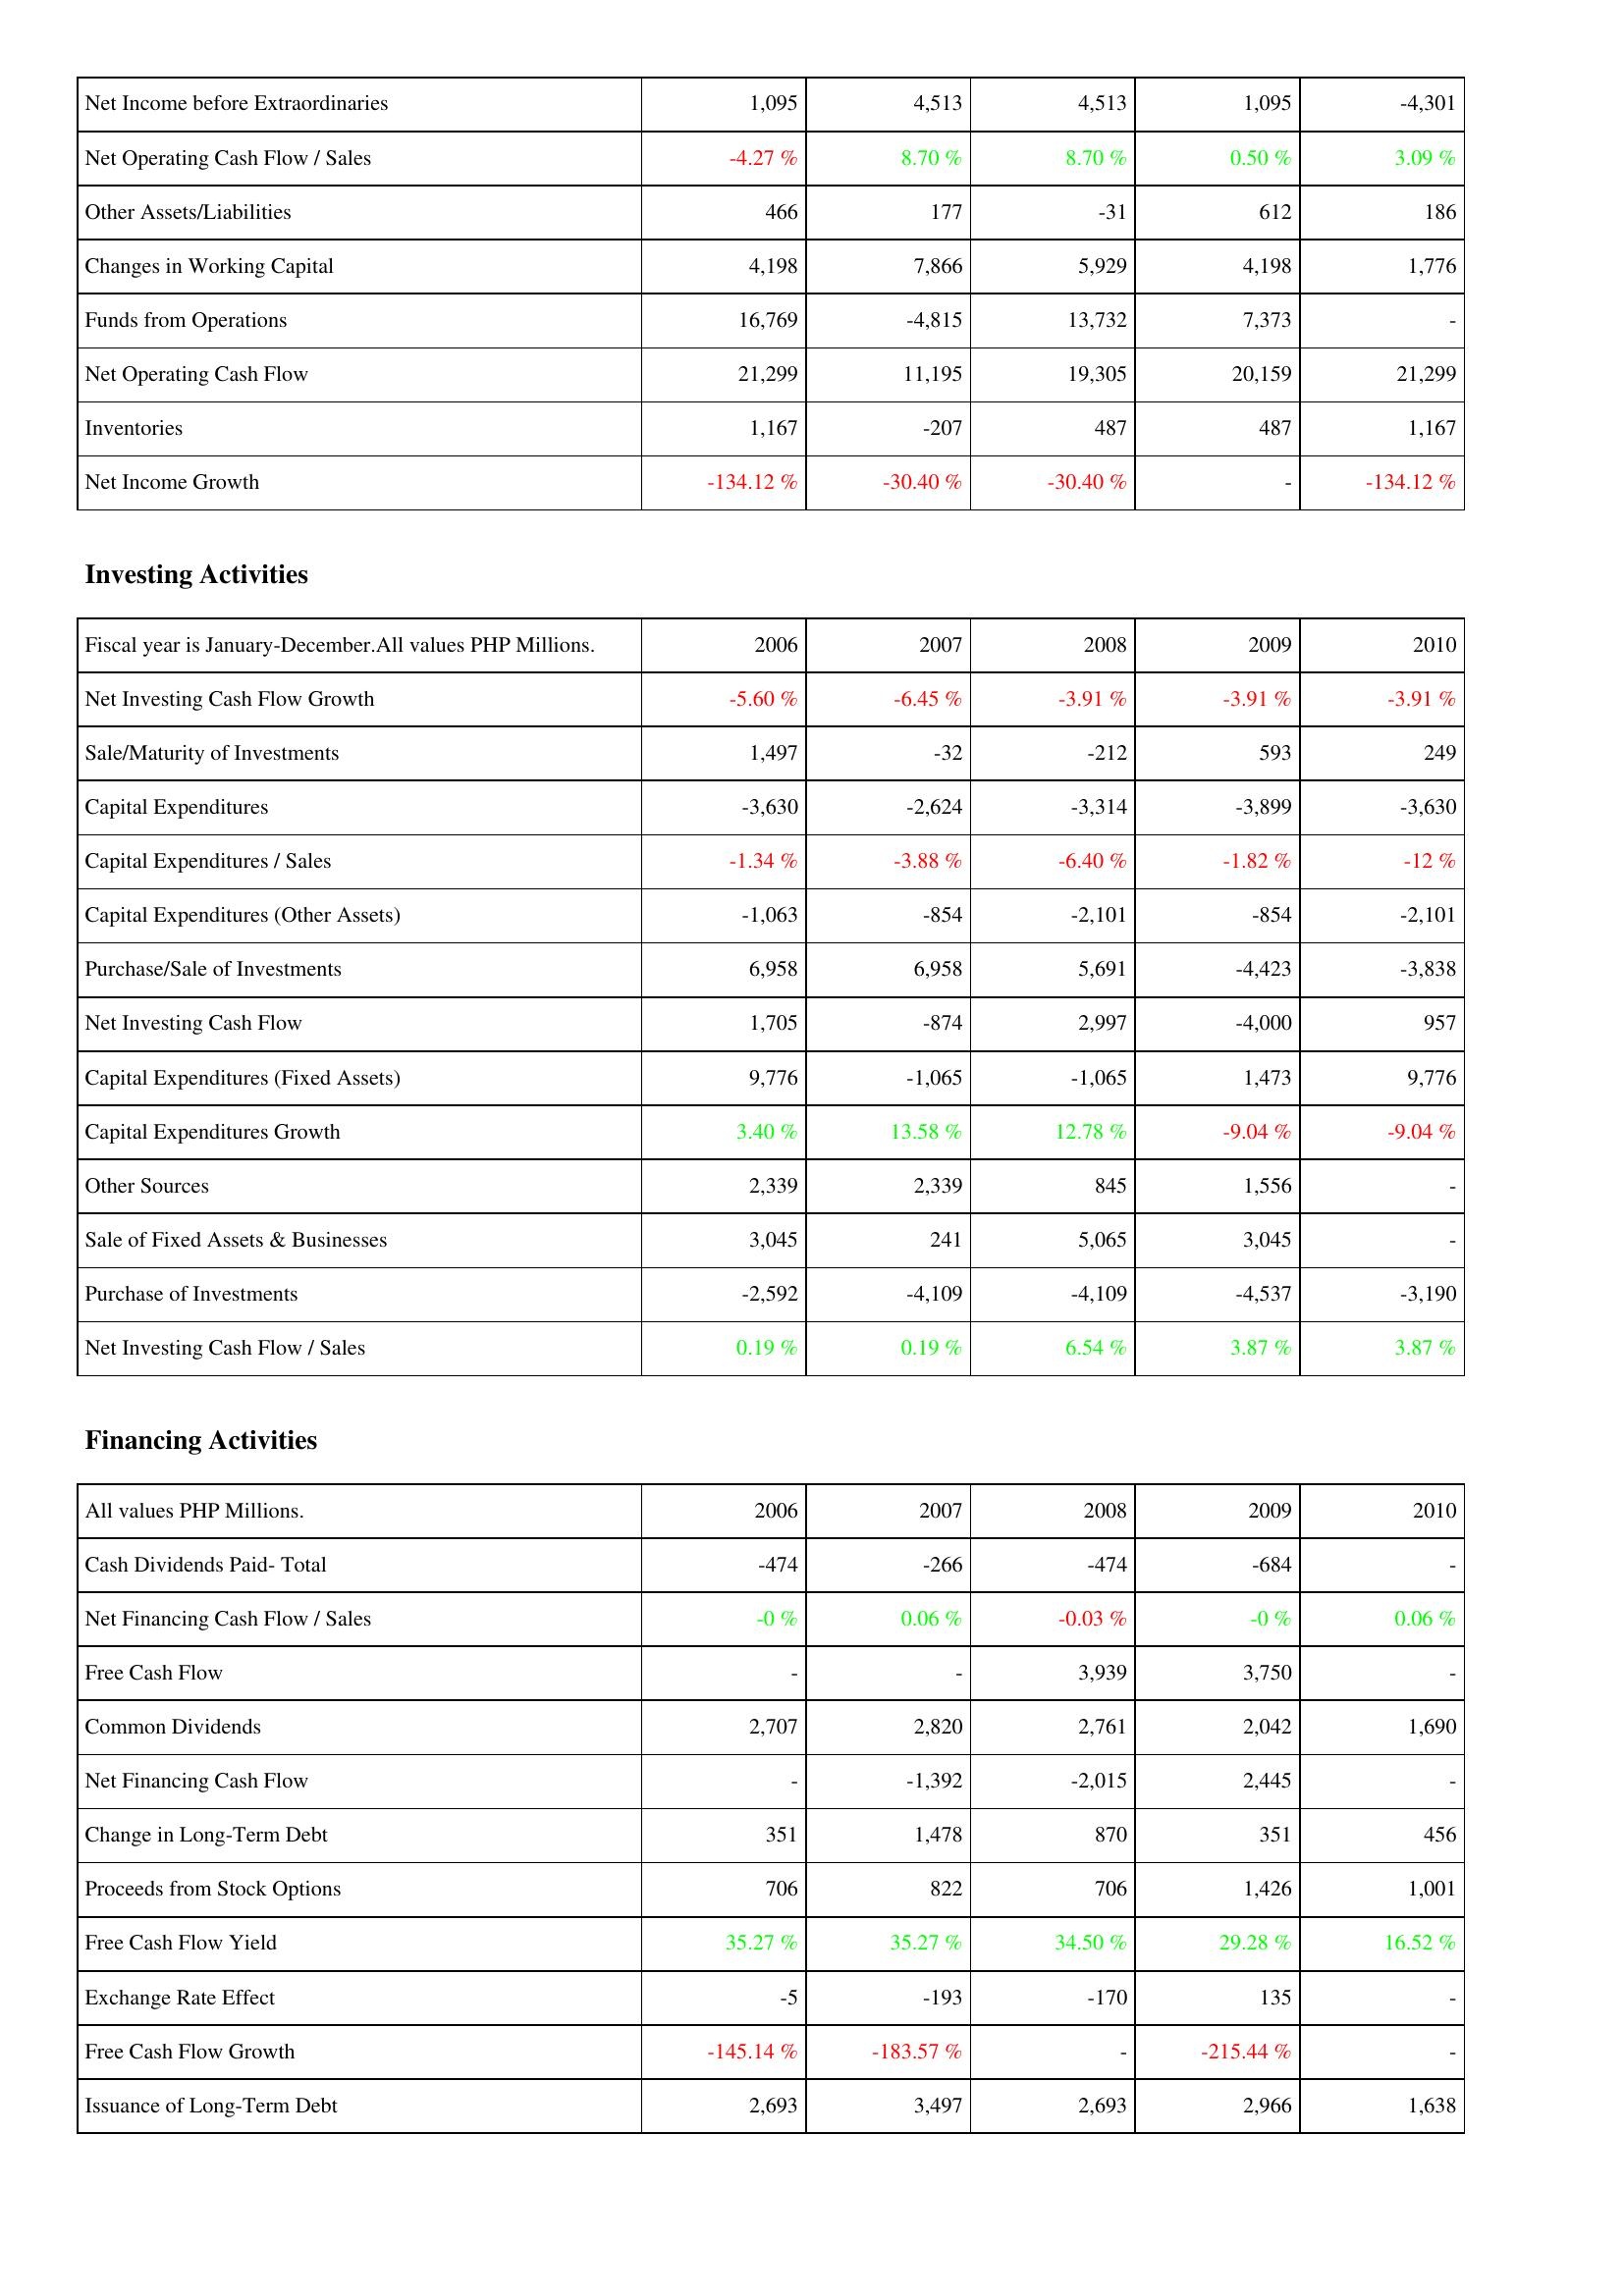
2006: Operating Activities: Net Income before Extraordinaries: 1,095
Net Operating Cash Flow / Sales: -4.27 %
Other Assets/Liabilities: 466
Changes in Working Capital: 4,198
Funds from Operations: 16,769
Net Operating Cash Flow: 21,299
Inventories: 1,167
Net Income Growth: -134.12 %
Investing Activities: Net Investing Cash Flow Growth: -5.60 %
Sale/Maturity of Investments: 1,497
Capital Expenditures: -3,630
Capital Expenditures / Sales: -1.34 %
Capital Expenditures (Other Assets): -1,063
Purchase/Sale of Investments: 6,958
Net Investing Cash Flow: 1,705
Capital Expenditures (Fixed Assets): 9,776
Capital Expenditures Growth: 3.40 %
Other Sources: 2,339
Sale of Fixed Assets & Businesses: 3,045
Purchase of Investments: -2,592
Net Investing Cash Flow / Sales: 0.19 %
Financing Activities: Cash Dividends Paid- Total: -474
Net Financing Cash Flow / Sales: -0 %
Free Cash Flow: -
Common Dividends: 2,707
Net Financing Cash Flow: -
Change in Long-Term Debt: 351
Proceeds from Stock Options: 706
Free Cash Flow Yield: 35.27 %
Exchange Rate Effect: -5
Free Cash Flow Growth: -145.14 %
Issuance of Long-Term Debt: 2,693
2007: Operating Activities: Net Income before Extraordinaries: 4,513
Net Operating Cash Flow / Sales: 8.70 %
Other Assets/Liabilities: 177
Changes in Working Capital: 7,866
Funds from Operations: -4,815
Net Operating Cash Flow: 11,195
Inventories: -207
Net Income Growth: -30.40 %
Investing Activities: Net Investing Cash Flow Growth: -6.45 %
Sale/Maturity of Investments: -32
Capital Expenditures: -2,624
Capital Expenditures / Sales: -3.88 %
Capital Expenditures (Other Assets): -854
Purchase/Sale of Investments: 6,958
Net Investing Cash Flow: -874
Capital Expenditures (Fixed Assets): -1,065
Capital Expenditures Growth: 13.58 %
Other Sources: 2,339
Sale of Fixed Assets & Businesses: 241
Purchase of Investments: -4,109
Net Investing Cash Flow / Sales: 0.19 %
Financing Activities: Cash Dividends Paid- Total: -266
Net Financing Cash Flow / Sales: 0.06 %
Free Cash Flow: -
Common Dividends: 2,820
Net Financing Cash Flow: -1,392
Change in Long-Term Debt: 1,478
Proceeds from Stock Options: 822
Free Cash Flow Yield: 35.27 %
Exchange Rate Effect: -193
Free Cash Flow Growth: -183.57 %
Issuance of Long-Term Debt: 3,497
2008: Operating Activities: Net Income before Extraordinaries: 4,513
Net Operating Cash Flow / Sales: 8.70 %
Other Assets/Liabilities: -31
Changes in Working Capital: 5,929
Funds from Operations: 13,732
Net Operating Cash Flow: 19,305
Inventories: 487
Net Income Growth: -30.40 %
Investing Activities: Net Investing Cash Flow Growth: -3.91 %
Sale/Maturity of Investments: -212
Capital Expenditures: -3,314
Capital Expenditures / Sales: -6.40 %
Capital Expenditures (Other Assets): -2,101
Purchase/Sale of Investments: 5,691
Net Investing Cash Flow: 2,997
Capital Expenditures (Fixed Assets): -1,065
Capital Expenditures Growth: 12.78 %
Other Sources: 845
Sale of Fixed Assets & Businesses: 5,065
Purchase of Investments: -4,109
Net Investing Cash Flow / Sales: 6.54 %
Financing Activities: Cash Dividends Paid- Total: -474
Net Financing Cash Flow / Sales: -0.03 %
Free Cash Flow: 3,939
Common Dividends: 2,761
Net Financing Cash Flow: -2,015
Change in Long-Term Debt: 870
Proceeds from Stock Options: 706
Free Cash Flow Yield: 34.50 %
Exchange Rate Effect: -170
Free Cash Flow Growth: -
Issuance of Long-Term Debt: 2,693
2009: Operating Activities: Net Income before Extraordinaries: 1,095
Net Operating Cash Flow / Sales: 0.50 %
Other Assets/Liabilities: 612
Changes in Working Capital: 4,198
Funds from Operations: 7,373
Net Operating Cash Flow: 20,159
Inventories: 487
Net Income Growth: -
Investing Activities: Net Investing Cash Flow Growth: -3.91 %
Sale/Maturity of Investments: 593
Capital Expenditures: -3,899
Capital Expenditures / Sales: -1.82 %
Capital Expenditures (Other Assets): -854
Purchase/Sale of Investments: -4,423
Net Investing Cash Flow: -4,000
Capital Expenditures (Fixed Assets): 1,473
Capital Expenditures Growth: -9.04 %
Other Sources: 1,556
Sale of Fixed Assets & Businesses: 3,045
Purchase of Investments: -4,537
Net Investing Cash Flow / Sales: 3.87 %
Financing Activities: Cash Dividends Paid- Total: -684
Net Financing Cash Flow / Sales: -0 %
Free Cash Flow: 3,750
Common Dividends: 2,042
Net Financing Cash Flow: 2,445
Change in Long-Term Debt: 351
Proceeds from Stock Options: 1,426
Free Cash Flow Yield: 29.28 %
Exchange Rate Effect: 135
Free Cash Flow Growth: -215.44 %
Issuance of Long-Term Debt: 2,966
2010: Operating Activities: Net Income before Extraordinaries: -4,301
Net Operating Cash Flow / Sales: 3.09 %
Other Assets/Liabilities: 186
Changes in Working Capital: 1,776
Funds from Operations: -
Net Operating Cash Flow: 21,299
Inventories: 1,167
Net Income Growth: -134.12 %
Investing Activities: Net Investing Cash Flow Growth: -3.91 %
Sale/Maturity of Investments: 249
Capital Expenditures: -3,630
Capital Expenditures / Sales: -12 %
Capital Expenditures (Other Assets): -2,101
Purchase/Sale of Investments: -3,838
Net Investing Cash Flow: 957
Capital Expenditures (Fixed Assets): 9,776
Capital Expenditures Growth: -9.04 %
Other Sources: -
Sale of Fixed Assets & Businesses: -
Purchase of Investments: -3,190
Net Investing Cash Flow / Sales: 3.87 %
Financing Activities: Cash Dividends Paid- Total: -
Net Financing Cash Flow / Sales: 0.06 %
Free Cash Flow: -
Common Dividends: 1,690
Net Financing Cash Flow: -
Change in Long-Term Debt: 456
Proceeds from Stock Options: 1,001
Free Cash Flow Yield: 16.52 %
Exchange Rate Effect: -
Free Cash Flow Growth: -
Issuance of Long-Term Debt: 1,638